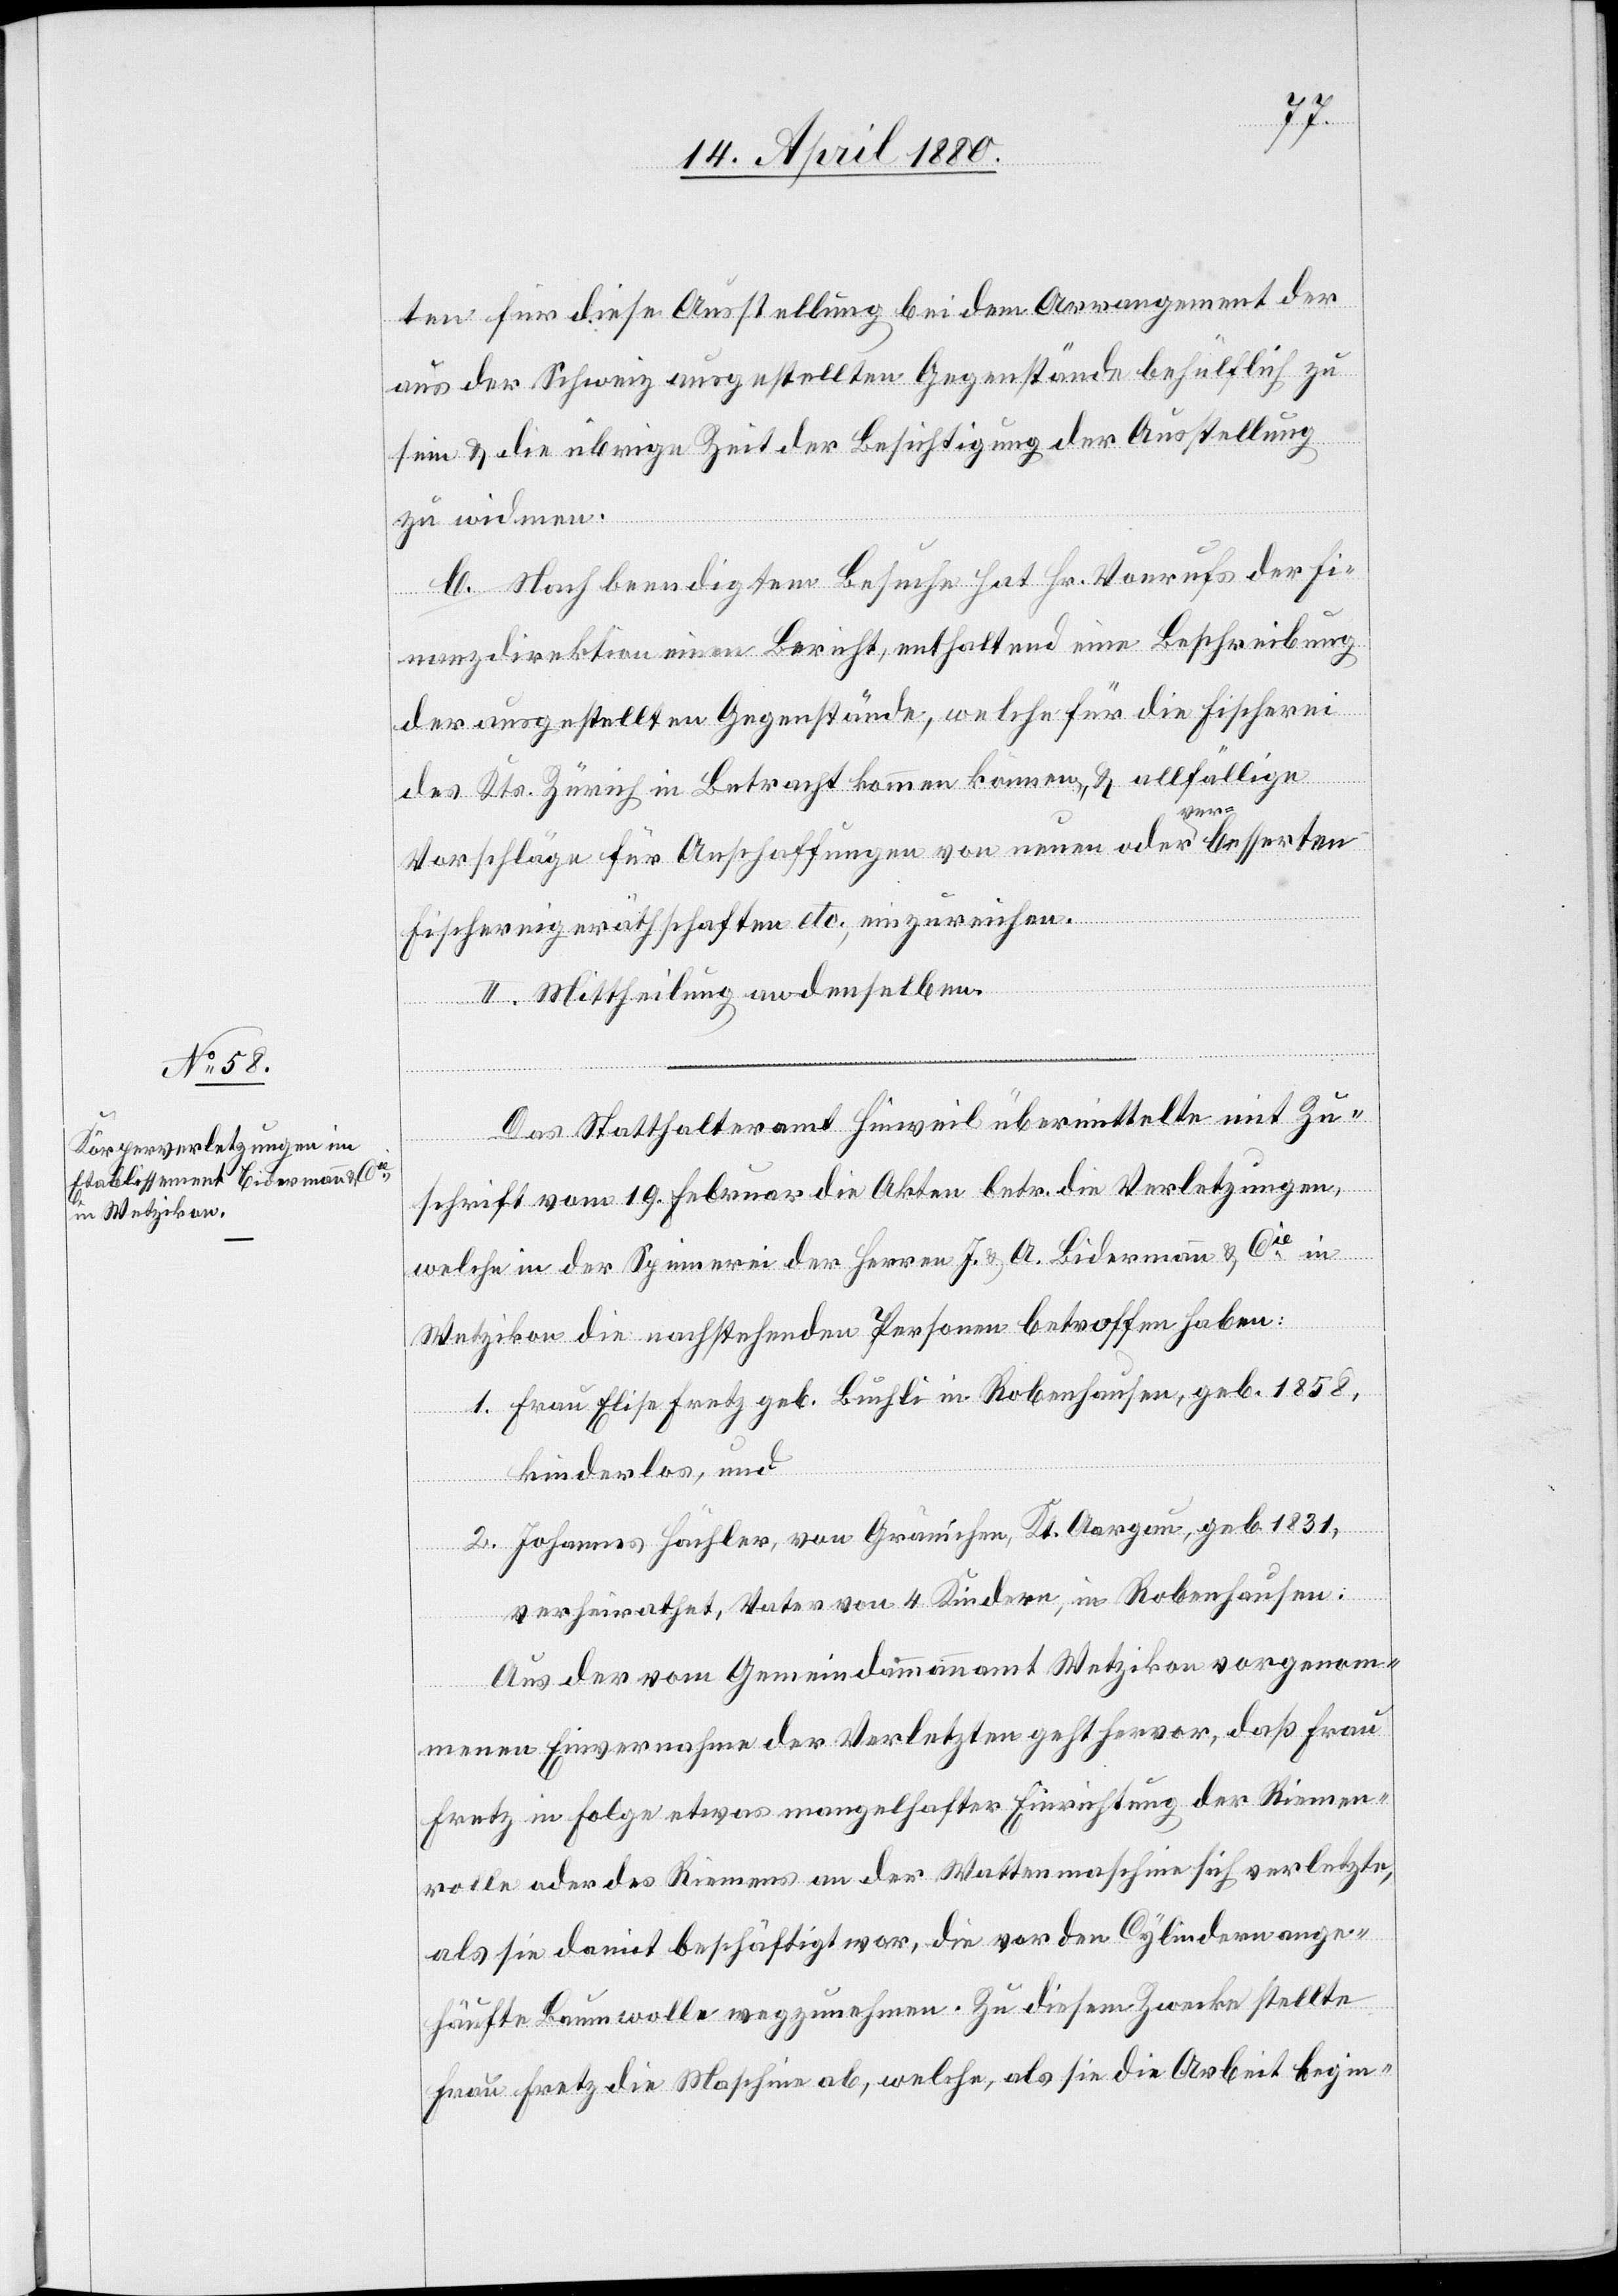
ten für diese Ausstellung bei dem Arrangement der
aus der Schweiz ausgestellten Gegenstände behülflich zu
sein & die übrige Zeit der Besichtigung der Ausstellung
zu widmen.
b. Nach beendigtem Besuche hat Hr. Vonrufs der Fi¬
nanzdirektion einen Bericht, enthaltend eine Beschreibung
der ausgestellten Gegenstände, welche für die Fischerei
des Kts. Zürich in Betracht kommen können, & allfällige
Vorschläge für Anschaffungen von neuen oder verbesserten
Fischereigerätschaften etc. einzureichen.
II. Mittheilung an denselben.
Das Statthalteramt Hinweil übermittelte mit Zu¬
schrift vom 19. Februar die Akten betr. die Vereltzungen,
welche in der Spinnerei der Herren J. & A. Bidermann & Cie in
Wetzikon die nachstehenden Personen betroffen haben:
1. Frau Elisabeth Fretz geb. Buchli in Robenhausen, geb. 1858,
kinderlos, und
2. Johannes Hächler, von Gränichen, Kt. Aargau, geb.1831,
verheirathet, Vater von 4 Kindern, in Robenhausen:
Aus der vom Gemeindammannamt Wetzikon vorgenom¬
menen Einvernahme der Verletzten geht hervor, daß Frau
Fretz in Folge etwas mangelhafter Einrichtung der Riemen¬
rolle oder des Riemens an der Wattenmaschine sich verletzte,
als sie damit beschäftigt war, die vor den Cylindern ange¬
häufte Baumwolle wegzunehmen. Zu diesem Zwecke stellte
Frau Fretz die Maschine ab, welche, als sie die Arbeit begin-